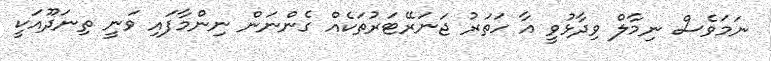
ނަމަވެސް ނިމާލް ވިދާޅުވީ އާ ހަތަރު ޖަނަރޭޓަރުތަކެއް ގެންނަން ނިންމާފައި ވަނީ ތިނަދޫއަކީ